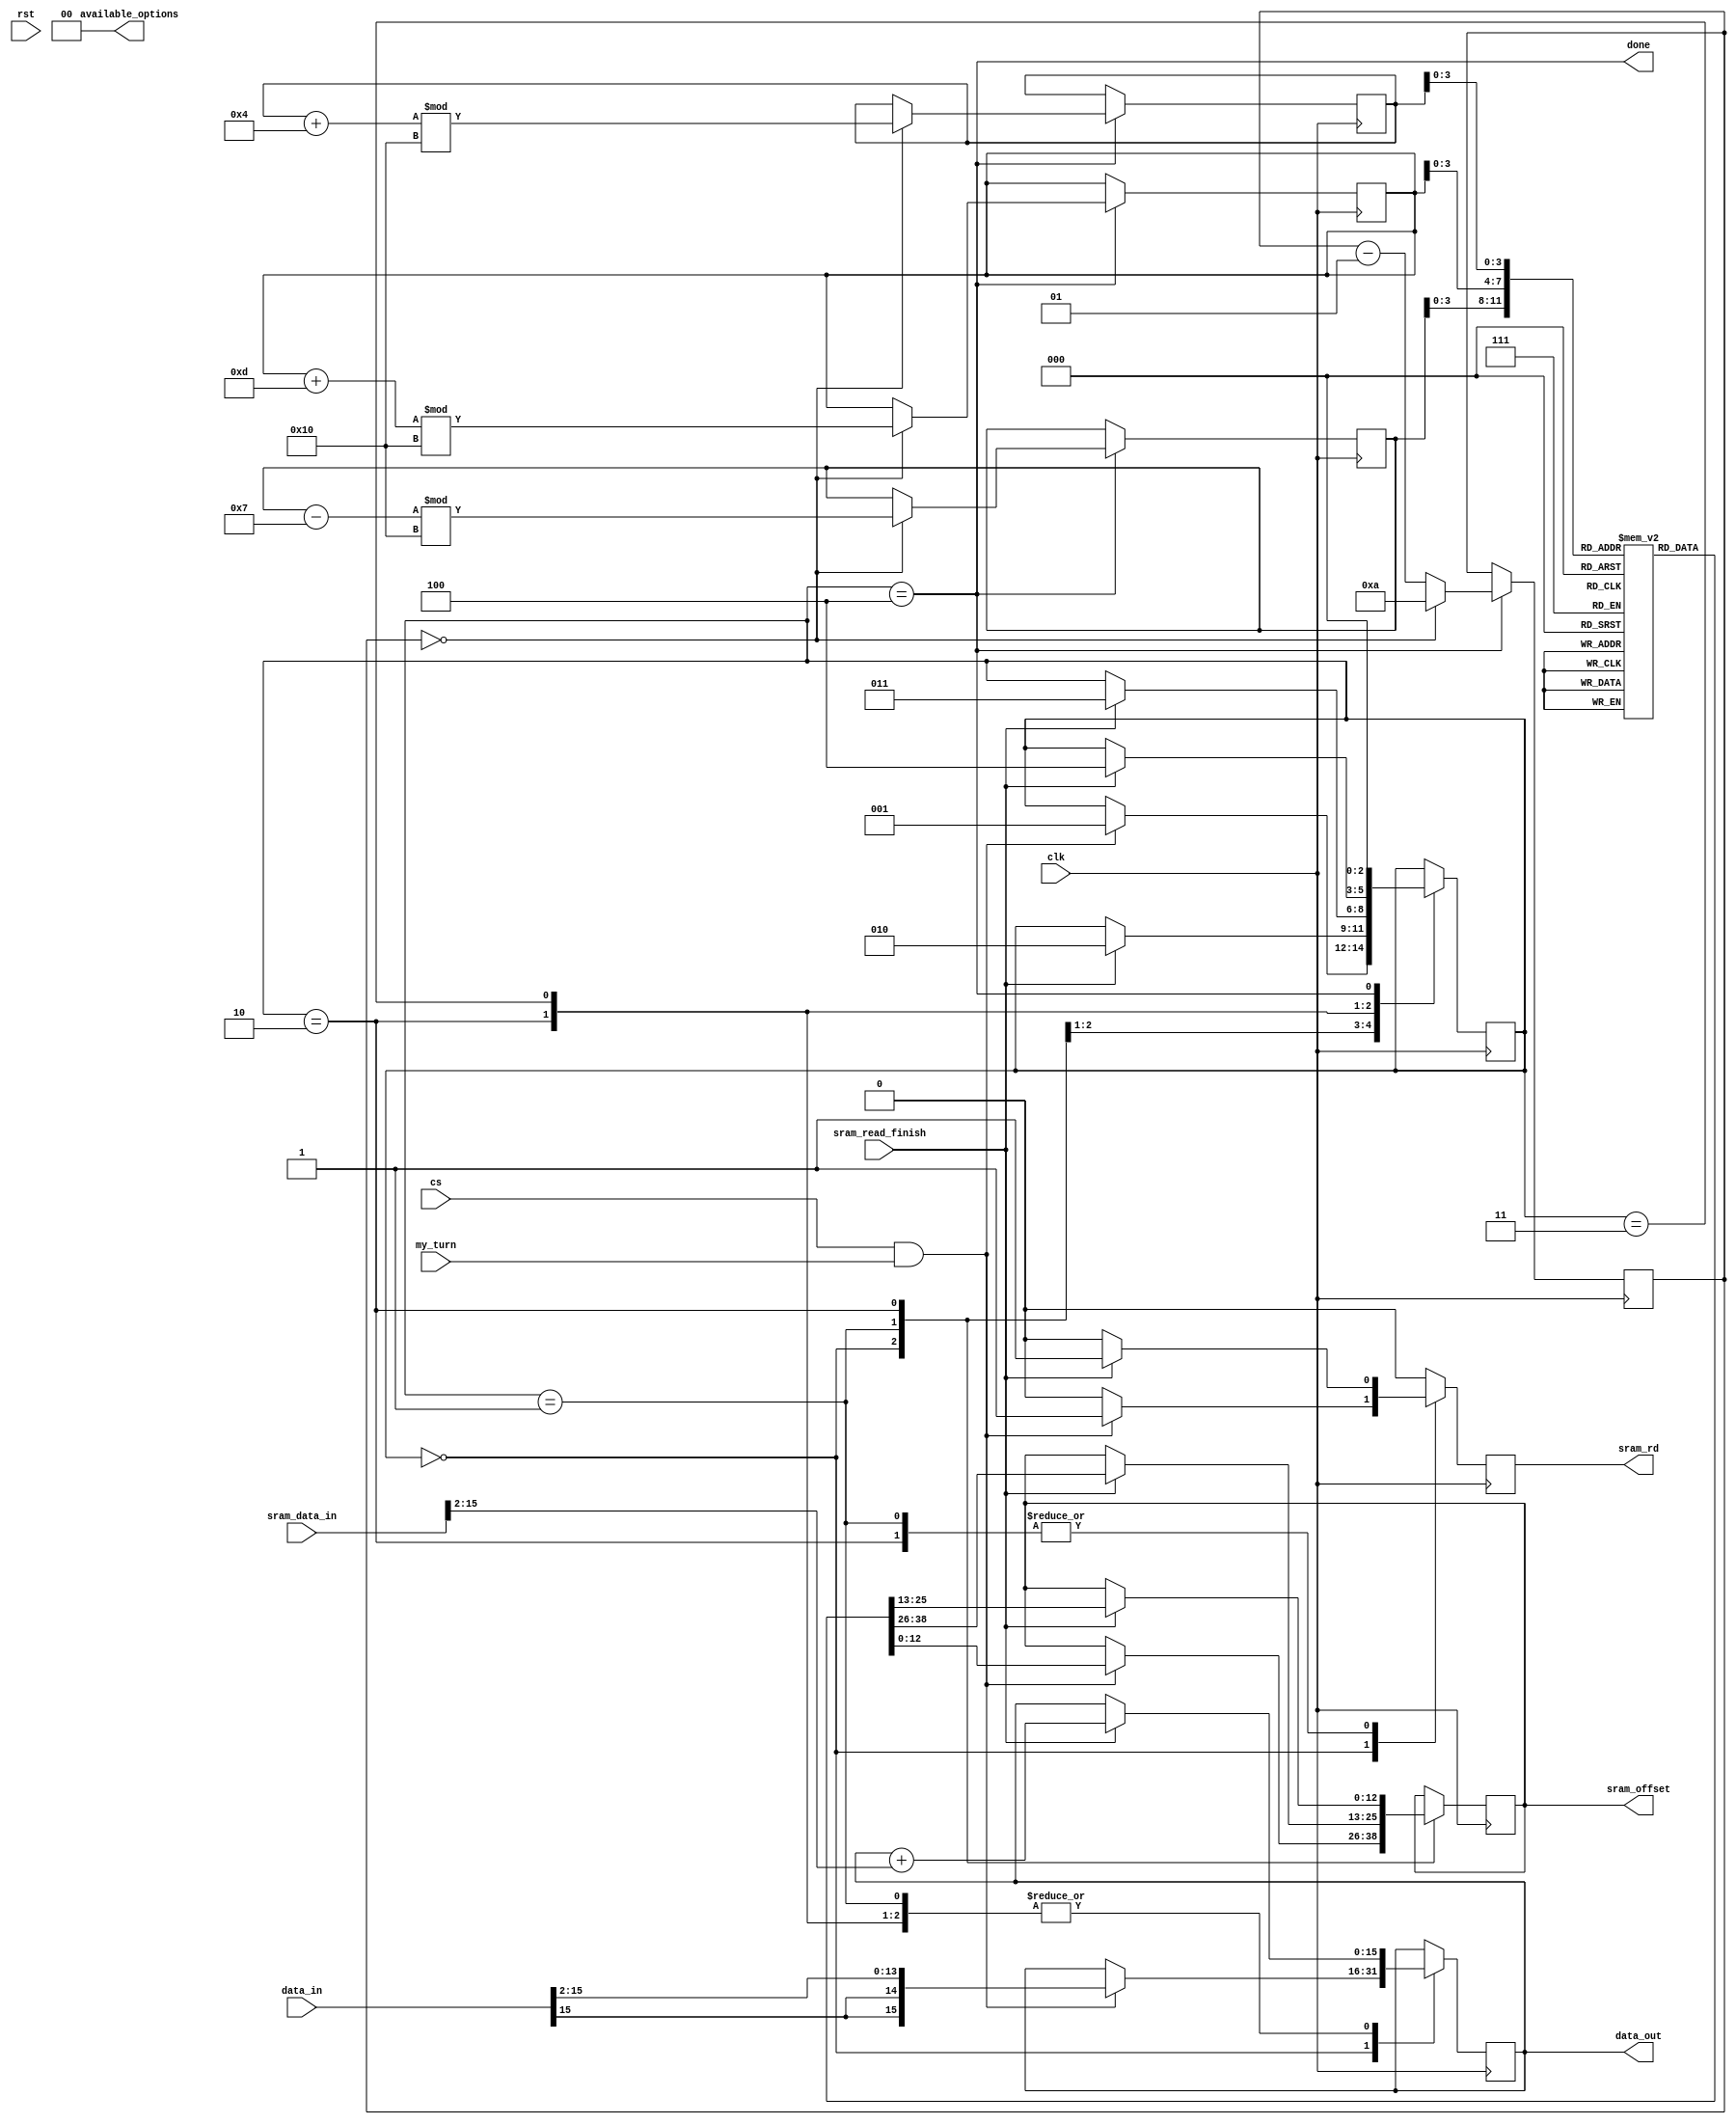
module chorus
  #(
    parameter DATA_WIDTH=16,
    parameter ADDR_WIDTH = 13,
    parameter SAMPLERATE = 48000,
    parameter N = 10
    )
   (
    output [1:0]                  available_options,
    /* smart_ram interface */
    input signed [DATA_WIDTH-1:0] sram_data_in,
    input                         sram_read_finish,
    output                        sram_rd,
    output [(ADDR_WIDTH-1):0]     sram_offset,
    /* end */

    input                         clk,
    input                         rst,
    input                         cs,
    input                         my_turn,
    input signed [DATA_WIDTH-1:0] data_in,
    output                        done,
    output [(DATA_WIDTH-1):0]     data_out
    );

   function reg [ADDR_WIDTH-1:0] delay_to_off(input [31:0] dly); begin //ms;
      delay_to_off = 2 * dly * SAMPLERATE / 1000; // multiply it by two cuz memory address must be even number
   end
   endfunction

   reg [ADDR_WIDTH-1:0] sr_offset, sr_offset_next;
   reg                  sr_rd, sr_rd_next;
   reg signed [DATA_WIDTH-1:0] data_out_reg, data_out_reg_next;

   localparam PASSIVE = 0, GET_FIRST = 1, GET_SECOND = 2, GET_THIRD = 3, DONE = 4;

   reg [2:0]            state, state_next;
   integer              index_first, index_second, index_third;
   integer              counter;
   /*
    Array of Delays between 10 and 25 ms
    */

   integer              i;
   reg [ADDR_WIDTH-1:0] delays [0:15];
   initial begin
      state = PASSIVE;
      for (i=0;i<16;i=i+1)
        delays[i] = delay_to_off(i + 10);

      // Pick random 3 initial values
      index_first = 3;
      index_second = 8;
      index_third = 13;
      counter = N;
   end

   /*
    sync
    */
   always @(posedge clk) begin
      if (state == DONE) begin
         counter <= counter - 1;
         if (counter == 0) begin
            counter <= N;
            index_first <= (index_first + 4) % 16;
            index_second <= (index_second - 7) % 16;
            index_third <= (index_third + 13) % 16;
         end
      end
   end

   always @(posedge clk) begin
      state <= state_next;
      data_out_reg <= data_out_reg_next;
      sr_rd <= sr_rd_next;
      sr_offset <= sr_offset_next;
   end

   /*
    comb
    */
   always @(*) begin
      state_next <= state;
      sr_offset_next <= sr_offset;
      data_out_reg_next <= data_out_reg;
      sr_rd_next <= 0;

      casex(state)
        PASSIVE: begin
           if(cs == 1 && my_turn == 1) begin
              state_next <= GET_FIRST;
              data_out_reg_next <= data_in >>> 2;

              // prepare for reading from sram for first vocal
              sr_rd_next <= 1;
              sr_offset_next <= delays[index_first];
           end
        end
        GET_FIRST: begin
           if (sram_read_finish) begin
              state_next <= GET_SECOND;
              data_out_reg_next <= data_out_reg + (sram_data_in >>> 2);

              // prepare for reading from sram for second vocal
              sr_rd_next <= 1;
              sr_offset_next <= delays[index_second];
           end
        end
        GET_SECOND: begin
           if (sram_read_finish) begin
              data_out_reg_next <= data_out_reg + (sram_data_in >>> 2);
              state_next <= GET_THIRD;

              // prepare for reading from sram for third vocal
              sr_rd_next <= 1;
              sr_offset_next <= delays[index_third];
           end
        end
        GET_THIRD: begin
           if (sram_read_finish) begin
              data_out_reg_next <= data_out_reg + (sram_data_in >>> 2);
              state_next <= DONE;
           end
        end
        DONE: begin
           state_next <= PASSIVE;
        end
      endcase
   end

   assign available_options = 2'b00;
   assign sram_offset = sr_offset;
   assign sram_rd = sr_rd;
   assign data_out = data_out_reg;
   assign done = state == DONE;
endmodule